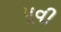
પૂવી